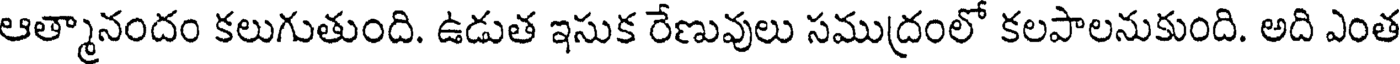
ఆత్మానందం కలుగుతుంది. ఉడుత ఇసుక రేణువులు సముద్రంలో కలపాలనుకుంది. అది ఎంత